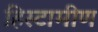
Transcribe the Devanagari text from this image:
हिस्टामीण